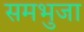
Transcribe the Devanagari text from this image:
समभुजा